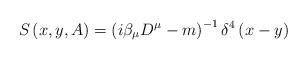
LaTeX: \begin{align*}S\left( x,y,A\right) =\left( i\beta _{\mu }D^{\mu }-m\right) ^{-1}\delta^{4}\left( x-y\right) \end{align*}